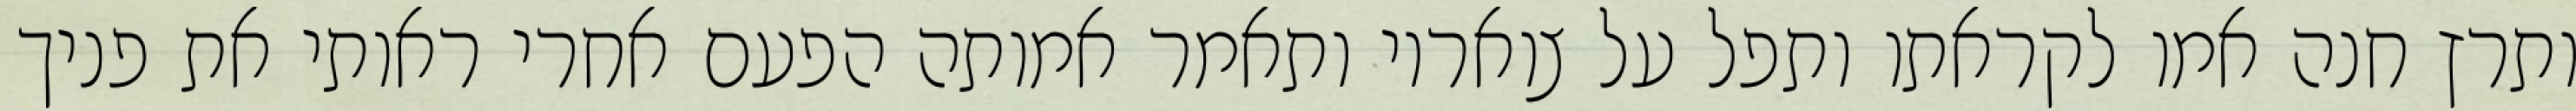
ותרץ חנה אמו לקראתו ותפל על צואריו ותאמר אמותה הפעם אחרי ראותי את פניך